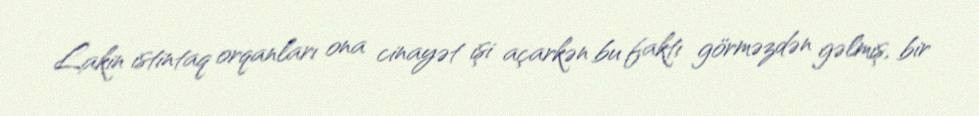
Lakin istintaq orqanları ona cinayət işi açarkən bu faktı görməzdən gəlmiş, bir